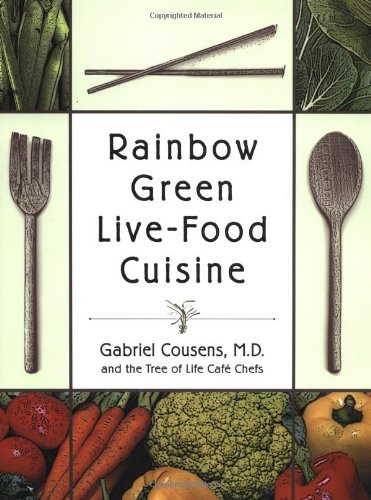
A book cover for Rainbow Green Live-Food Cuisine; Gabriel Cousens M.D.; Cookbooks, Food & Wine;